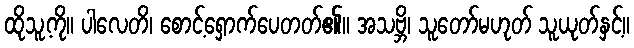
ထိုသူ့ကို။ ပါလေတိ၊ စောင့်ရှောက်ပေတတ်၏။ အသဗ္ဘိ၊ သူတော်မဟုတ် သူယုတ်နှင့်။